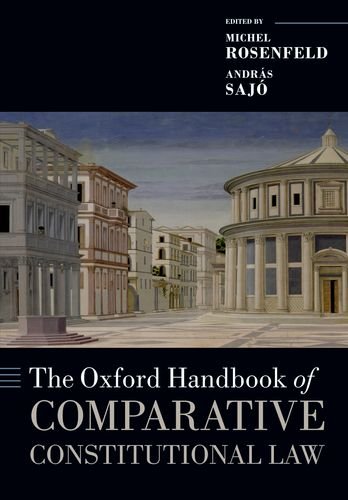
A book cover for The Oxford Handbook of Comparative Constitutional Law (Oxford Handbooks in Law); Michel Rosenfeld; Law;